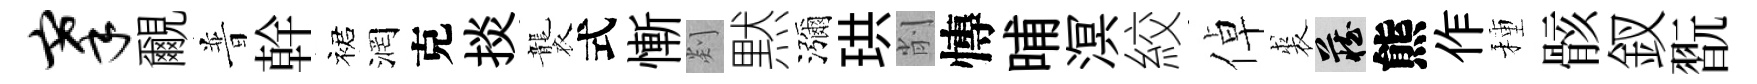
搴覼普幹裙润克掞襲式慚剡黙瀰珙削慱晡溟絞倬裘藏熊作種骸釵翫